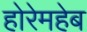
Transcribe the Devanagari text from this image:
होरेमहेब